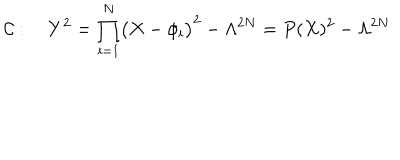
{ \cal C } : \quad Y ^ { 2 } = \prod _ { i = 1 } ^ { N } \bigl ( X - \phi _ { i } \bigr ) ^ { 2 } - \Lambda ^ { 2 N } = P ( X ) ^ { 2 } - \Lambda ^ { 2 N }